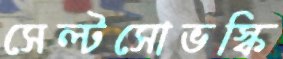
সেল্টসোভস্কি